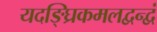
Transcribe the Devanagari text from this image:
यदङ्घ्रिकमलद्वन्द्वं